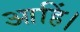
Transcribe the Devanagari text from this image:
आहिं।